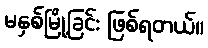
မနှစ်မြို့ခြင်း ဖြစ်ရတယ်။